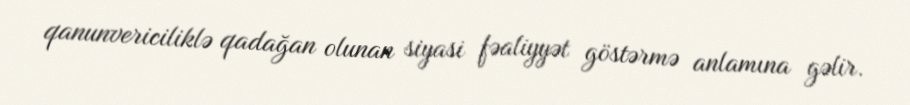
qanunvericiliklə qadağan olunan siyasi fəaliyyət göstərmə anlamına gəlir.